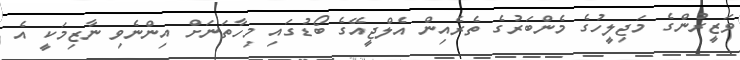
ވަޒީރުންގެ މަޖިލީހުގެ މެންބަރުގެ ތެރެއިން އެލްޖީއޭގެ ބޯޑުގައި މިހާތަނަށް އިންނެވި ނާޒިމަކީ އެ